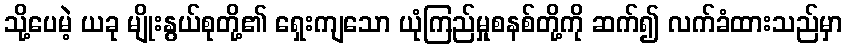
သို့ပေမဲ့ ယခု မျိုးနွယ်စုတို့၏ ရှေးကျသော ယုံကြည်မှုစနစ်တို့ကို ဆက်၍ လက်ခံထားသည်မှာ